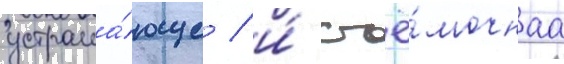
устраша́юще / и́ съё́мочнаа